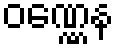
ဝဏ္ဏေန